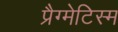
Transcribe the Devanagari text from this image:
प्रैग्मेटिस्म